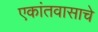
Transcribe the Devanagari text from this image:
एकांतवासाचे